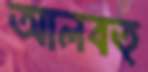
আলবত্